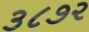
૩૮૭૨